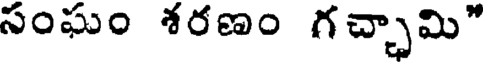
సంఘం శరణం గచ్చామి"